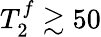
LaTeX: T_{2}^{f}\gtrsim 50